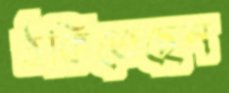
ঠকিতেছেন